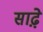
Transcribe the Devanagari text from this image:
साढ़़ेे